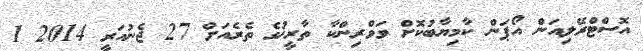
އޮސްޓްރޭލިއަން އޯޕަން ކާމިޔާބުކޮށް ވަވްރިންކާ ތާރީޚުގެ ތެރެއަށް 27 ޖެނުއަރީ 2014 1